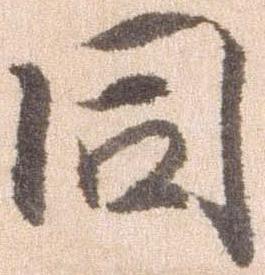
同